Lunatic asylums Punjab 1911-1921 - 1911-1921
Year: 1911
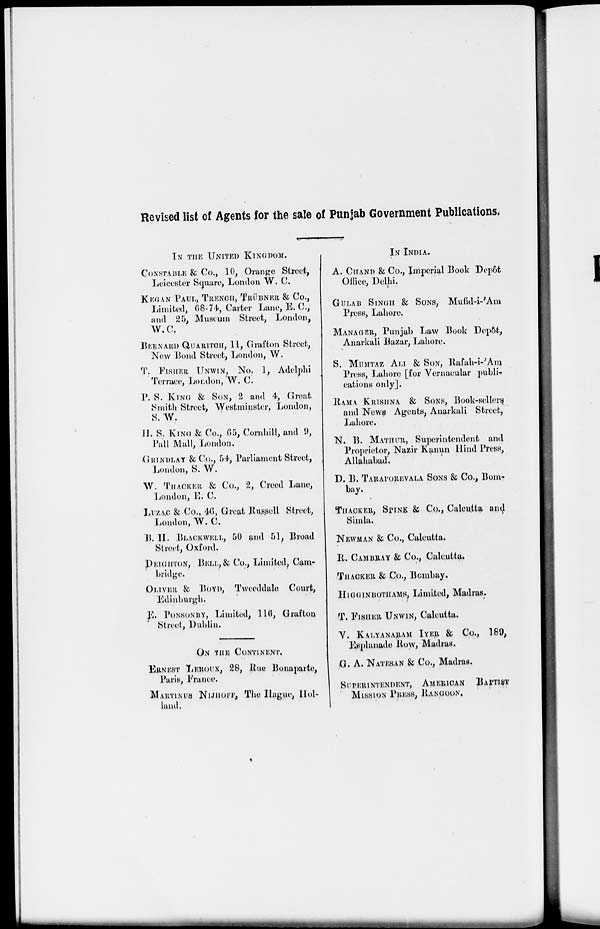
Revised list of Agents for the sale of Punjab Government Publications.
IN THE UNITED KINGDOM.
CONSTABLE & Co., 10, Orange Street,
Leicester Square, London W. C.
KEGAN PAUL., TRENCH, TRÜBNER & Co.,
Limited, 68-74, Carter Lane, E. C,
and 25, Museum Street, London,
W.C.
BRENARD QUARITCH, 11, Grafton Street,
New Bond Street, London, W.
T. FISHER UNWIN, No. 1, Adelphi
Terrace, London, W.C.
P. S. KING & SON, 2 and 4, Great
Smith Street, Westminster, London,
S.W.
H. S. KING & Co., 65, Cornhill, and 9,
Pall Mall, London.
GRINDLAY &Co., 54, Parliament Street,
London, S. W.
W. THACKER & Co., 2, Creed Lane,
London, E. C.
LUZAC & Co., 46, Great Russell Street,
London, W. C.
B. H. BLACKWELL, 50 and 51, Broad
Street, Oxford.
DEIGHTON, BELL,& Co., Limited, Cam-
bridge.
OLIVER & BOYD, Tweeddale Court,
Edinburgh.
E. PONSONBY, Limited, 116, Grafton
Street, Dublin.
ON THE CONTINENT.
ERNEST LEROUX, 28, Rue Bonaparte,
Paris, France.
MARTINUS NIJHOFF, The Hague, Hol-
land.
IN INDIA.
A. CHAND & Co., Imperial Book Depôt
Office, Delhi.
GULAB SINGH & SONS, Mufid-i-'Am
Press, Lahore.
MANAGER, Punjab Law Book Depot,
Anarkali Bazar, Lahore.
S. MUMTAZ ALI & SON, Rafah-i-'Am
Press, Lahore [for Vernacular publi-
cations only].
RAMA KRISHNA & SONS, Book-sellers
and News Agents, Anarkali Street,
Lahore.
N. B. MATHUR, Superintendent and
Proprietor, Nazir Kanun Hind Press,
Allahabad.
D. B. TARAPOREVALA SONS & Co., Bom-
bay.
THACKER, SPINK & Co., Calcutta and
Simla.
NEWMAN & Co., Calcutta.
R. CAMBRAY & Co., Calcutta,
THACKER & Co., Bombay.
HIGGINBOTHAMS, Limited, Madras.
T. FISHER UNWIN, Calcutta.
V. KALYANARAM IYER & Co., 189,
Esplanade Row, Madras.
G. A. NATESAN & Co., Madras.
SUPERINTENDENT, AMERICAN BAPTIST
MISSION PRESS, RANGOON.